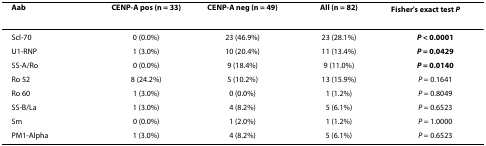
| Aab | CENP-A pos (n = 33) | CENP-A neg (n = 49) | All (n = 82) | Fisher's exact test P |
 | --- | --- | --- | --- | --- |
 | Scl-70 | 0 (0.0%) | 23 (46.9%) | 23 (28.1%) | P < 0.0001 |
 | U1-RNP | 1 (3.0%) | 10 (20.4%) | 11 (13.4%) | P = 0.0429 |
 | SS-A/Ro | 0 (0.0%) | 9 (18.4%) | 9 (11.0%) | P = 0.0140 |
 | Ro 52 | 8 (24.2%) | 5 (10.2%) | 13 (15.9%) | P = 0.1641 |
 | Ro 60 | 1 (3.0%) | 0 (0.0%) | 1 (1.2%) | P = 0.8049 |
 | SS-B/La | 1 (3.0%) | 4 (8.2%) | 5 (6.1%) | P = 0.6523 |
 | Sm | 0 (0.0%) | 1 (2.0%) | 1 (1.2%) | P = 1.0000 |
 | PM1-Alpha | 1 (3.0%) | 4 (8.2%) | 5 (6.1%) | P = 0.6523 |